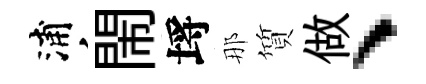
浦閙埓那質做、